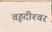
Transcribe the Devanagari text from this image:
वृहदीश्‍वर